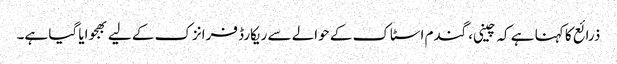
ذرائع کا کہنا ہے کہ چینی، گندم اسٹاک کے حوالے سے ریکارڈ فرانزک کے لیے بھجوایا گیا ہے۔